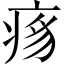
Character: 𬏯